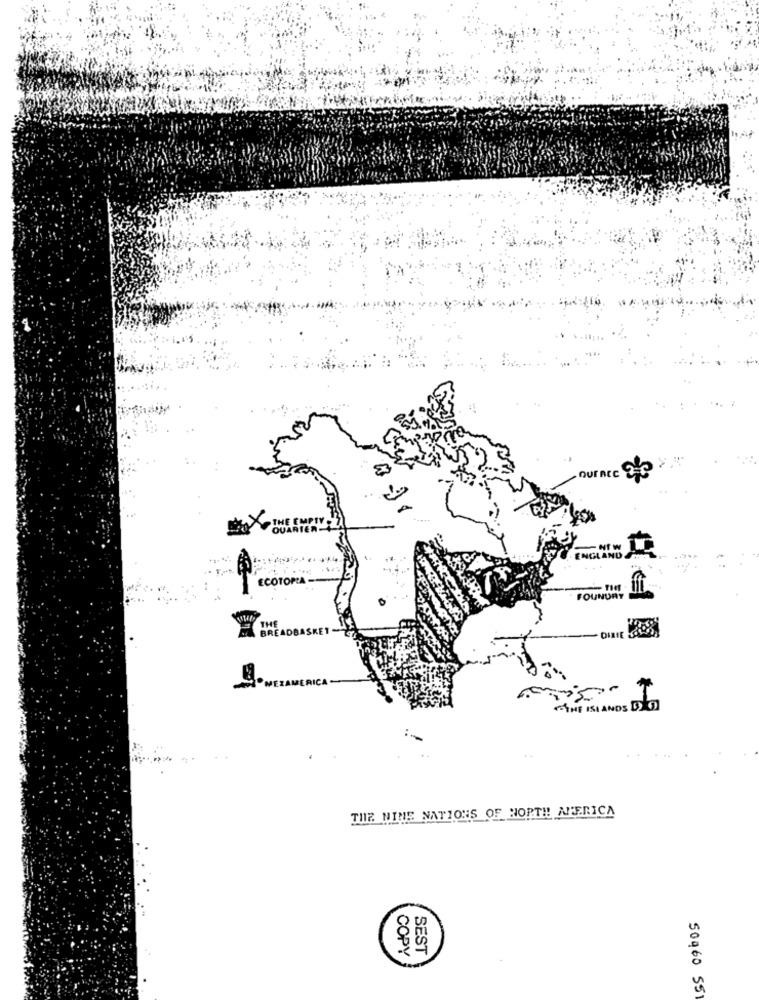
Durante 20
ENGLAND
...
ECOTORLA -
FOUNDRY
BRE
THE ISLANDS D 3
THE NINE NATIONS OF NORTH AMERICA
COPY
SEST
50460 551